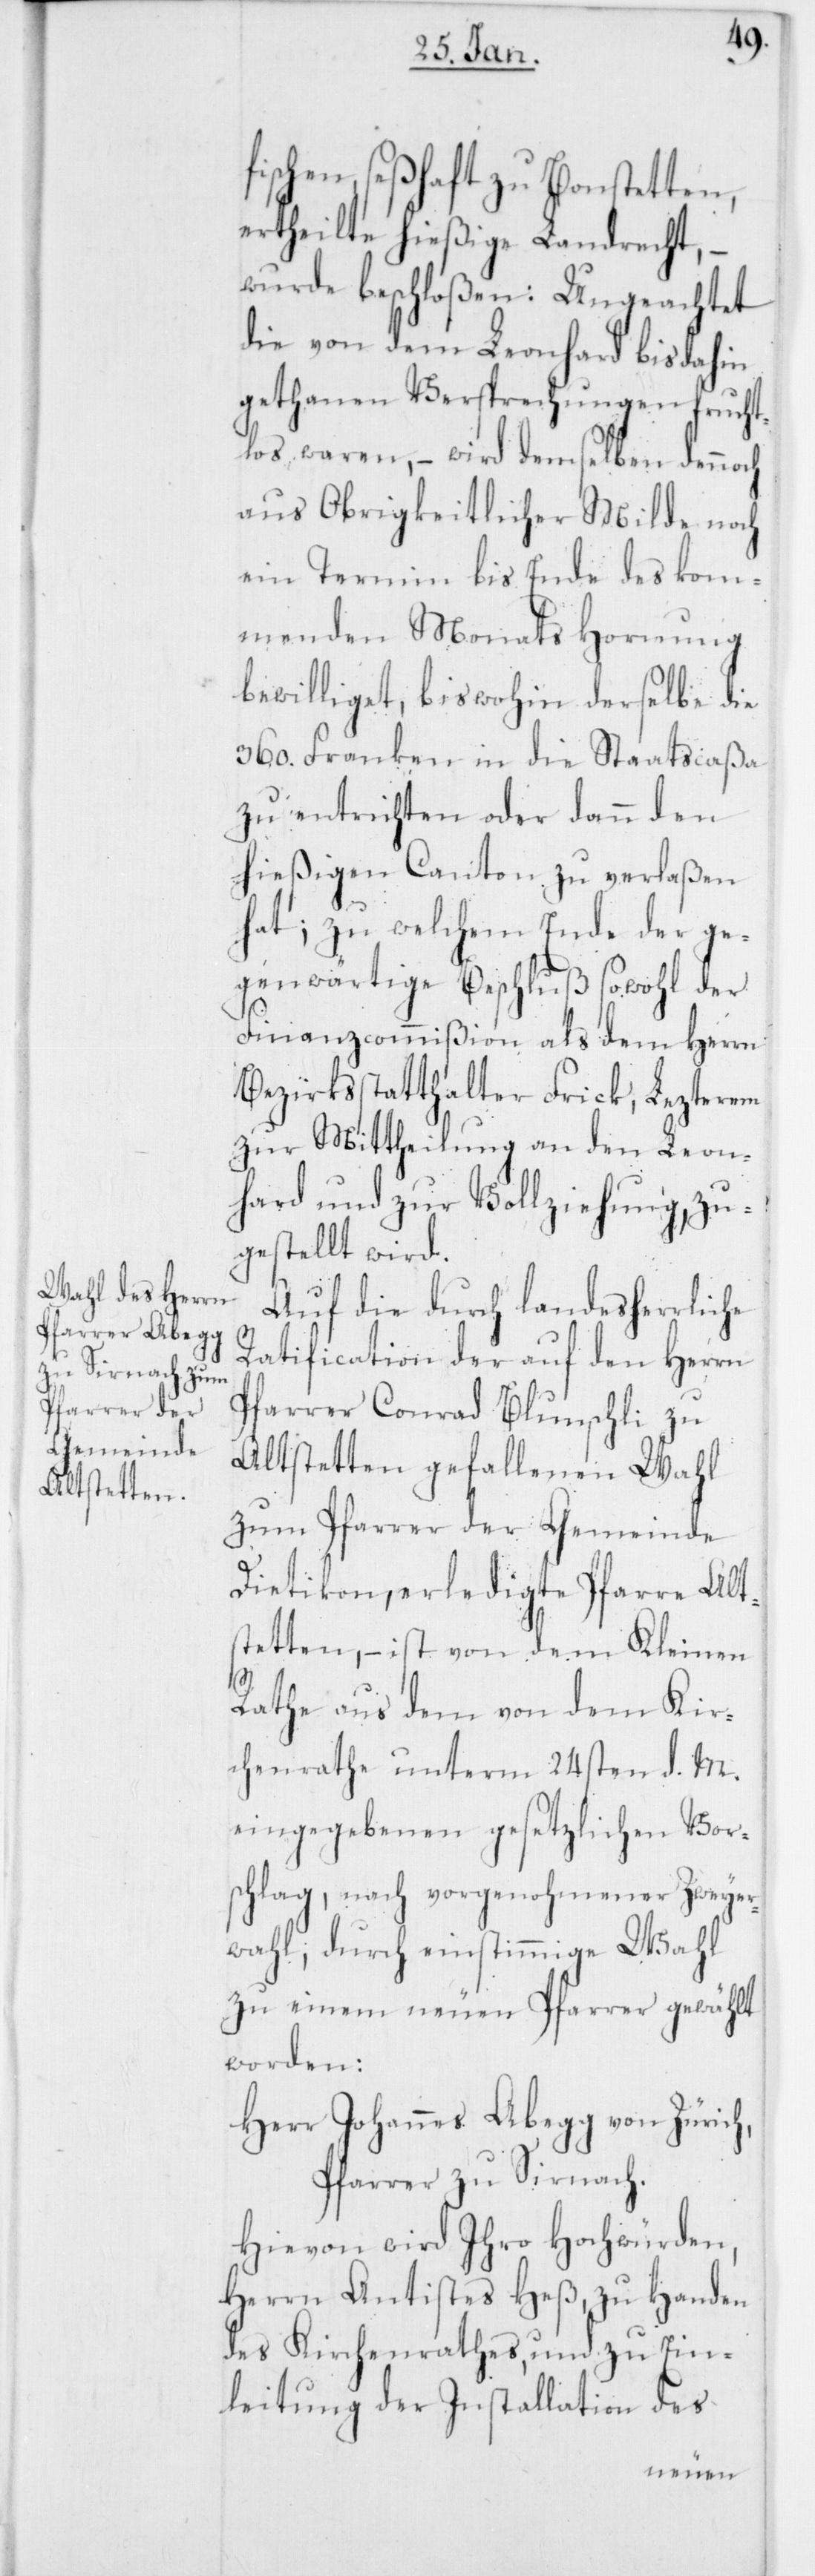
fischen, seßhaft zu Bonstetten,
ertheilte hießige Landrecht, –
wurde beschloßen: Ungeachtet
die von dem Leonhard bis dahin
gethanen Versprechungen frucht¬
los waren, – wird demselben dennoch
aus Obrigkeitlicher Milde noch
ein Termin bis Ende des kom¬
menden Monats Hornung
bewilliget, bis wohin derselbe die
360. Franken in die Staatscaßa
zu entrichten, oder dann den
hießigen Canton zu verlaßen
hat; zu welchem Ende der ge¬
genwärtige Beschluß sowohl der
Finanzcommißion als dem Herrn
Bezirksstatthalter Frick, Lezterem
zur Mittheilung an den Leon¬
hard und zur Vollziehung, zu¬
gestellt wird.
Auf die durch landesherrliche
Ratification der auf den Herrn
Pfarrer Conrad Blunschli zu
Altstetten gefallenen Wahl
zum Pfarrer der Gemeinde
Dietikon, erledigte Pfarre Alt¬
stetten, – ist von dem Kleinen
Rathe aus dem von dem Kir¬
chenrathe unterm 24sten d. M.
eingegebenen gesetzlichen Vor¬
schlag, nach vorgenohmener Zweyer¬
wahl, durch einstimmige Wahl
zu einem neuen Pfarrer gewählt
worden:
Herr Johannes Abegg von Zürich,
Pfarrer zu Sirnach.
Hievon wird Ihro Hochwürden,
Herrn Antistes Heß, zu Handen
des Kirchenrathes, und zu Ein¬
leitung der Installation des